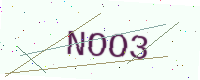
Text: NOO3